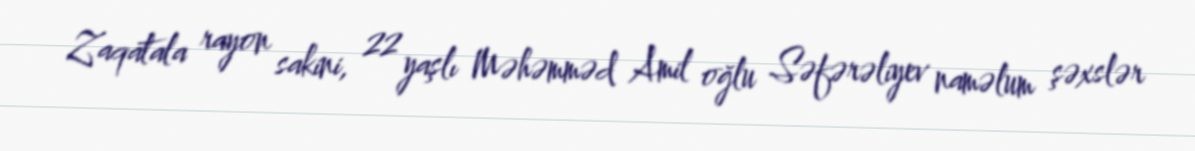
Zaqatala rayon sakini, 22 yaşlı Məhəmməd Amil oğlu Səfərəliyev naməlum şəxslər